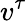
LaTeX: v^{\tau}